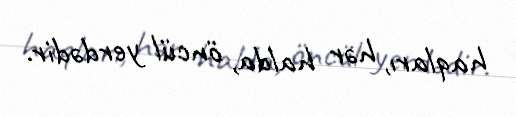
haqları, hər halda, öncül yerdədir.